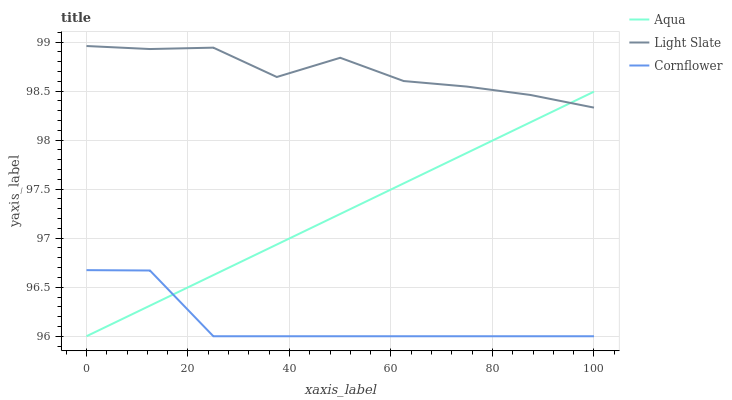
| xaxis_label | Aqua | Light Slate | Cornflower |
 | --- | --- | --- | --- |
 | 0 | 96 | 99 | 96.7 |
 | 12.5 | 96.3 | 98.9 | 96.7 |
 | 25 | 96.6 | 98.9 | 96 |
 | 37.5 | 96.9 | 98.6 | 96 |
 | 50 | 97.2 | 98.8 | 96 |
 | 62.5 | 97.6 | 98.6 | 96 |
 | 75 | 97.9 | 98.5 | 96 |
 | 87.5 | 98.2 | 98.5 | 96 |
 | 100 | 98.5 | 98.3 | 96 |